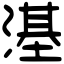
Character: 𣻺